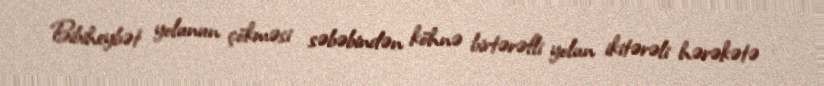
Bibiheybət yolunun çökməsi səbəbindən köhnə birtərəfli yolun ikitərəli hərəkətə